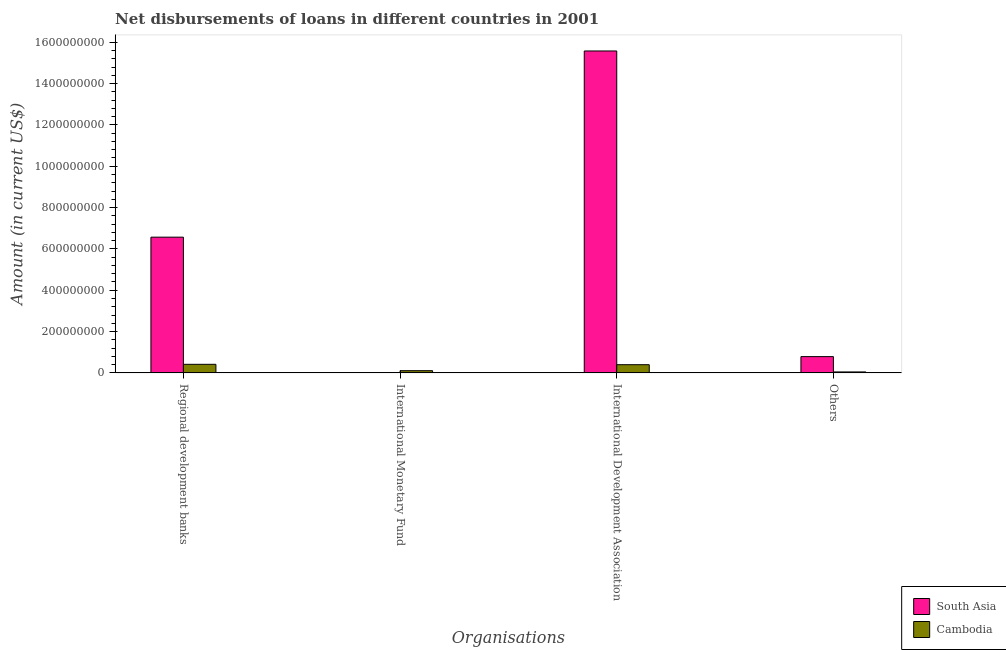
| Organisations | South Asia | Cambodia |
 | --- | --- | --- |
 | Regional development banks | 6.57e+08 | 4.14e+07 |
 | International Monetary Fund | -9.78e+07 | 1.06e+07 |
 | International Development Association | 1.56e+09 | 3.96e+07 |
 | Others | 7.87e+07 | 4.5e+06 |